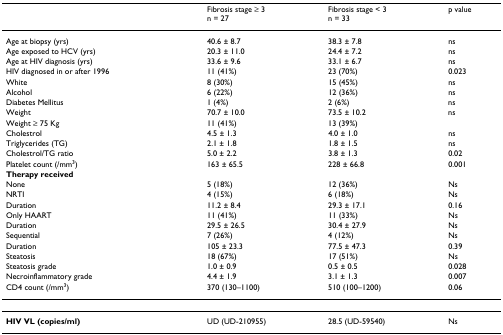
|  | Fibrosis stage ≥ 3n = 27 | Fibrosis stage < 3n = 33 | p value |
 | --- | --- | --- | --- |
 | Age at biopsy (yrs) | 40.6 ± 8.7 | 38.3 ± 7.8 | ns |
 | Age exposed to HCV (yrs) | 20.3 ± 11.0 | 24.4 ± 7.2 | ns |
 | Age at HIV diagnosis (yrs) | 33.6 ± 9.6 | 33.1 ± 6.7 | ns |
 | HIV diagnosed in or after 1996 | 11 (41%) | 23 (70%) | 0.023 |
 | White | 8 (30%) | 15 (45%) | ns |
 | Alcohol | 6 (22%) | 12 (36%) | ns |
 | Diabetes Mellitus | 1 (4%) | 2 (6%) | ns |
 | Weight | 70.7 ± 10.0 | 73.5 ± 10.2 | ns |
 | Weight ≥ 75 Kg | 11 (41%) | 13 (39%) |  |
 | Cholestrol | 4.5 ± 1.3 | 4.0 ± 1.0 | ns |
 | Triglycerides (TG) | 2.1 ± 1.8 | 1.8 ± 1.5 | ns |
 | Cholestrol/TG ratio | 5.0 ± 2.2 | 3.8 ± 1.3 | 0.02 |
 | Platelet count (/mm3) | 163 ± 65.5 | 228 ± 66.8 | 0.001 |
 | Therapy received |  |  |  |
 | None | 5 (18%) | 12 (36%) | Ns |
 | NRTI | 4 (15%) | 6 (18%) | Ns |
 | Duration | 11.2 ± 8.4 | 29.3 ± 17.1 | 0.16 |
 | Only HAART | 11 (41%) | 11 (33%) | Ns |
 | Duration | 29.5 ± 26.5 | 30.4 ± 27.9 | Ns |
 | Sequential | 7 (26%) | 4 (12%) | Ns |
 | Duration | 105 ± 23.3 | 77.5 ± 47.3 | 0.39 |
 | Steatosis | 18 (67%) | 17 (51%) | Ns |
 | Steatosis grade | 1.0 ± 0.9 | 0.5 ± 0.5 | 0.028 |
 | Necroinflammatory grade | 4.4 ± 1.9 | 3.1 ± 1.3 | 0.007 |
 | CD4 count (/mm3) | 370 (130–1100) | 510 (100–1200) | 0.06 |
 | HIV VL (copies/ml) | UD (UD-210955) | 28.5 (UD-59540) | Ns |